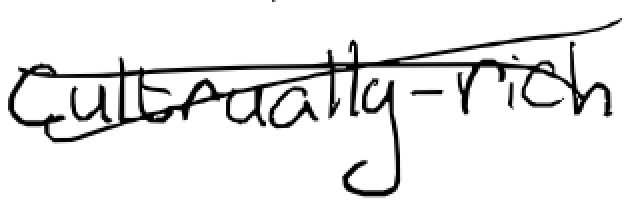
Text: culturally-rich
Cross-out: cross
Writing tool: digital_black